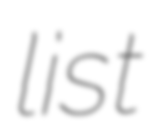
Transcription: list